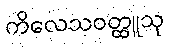
ကိလေသဝတ္ထူသု